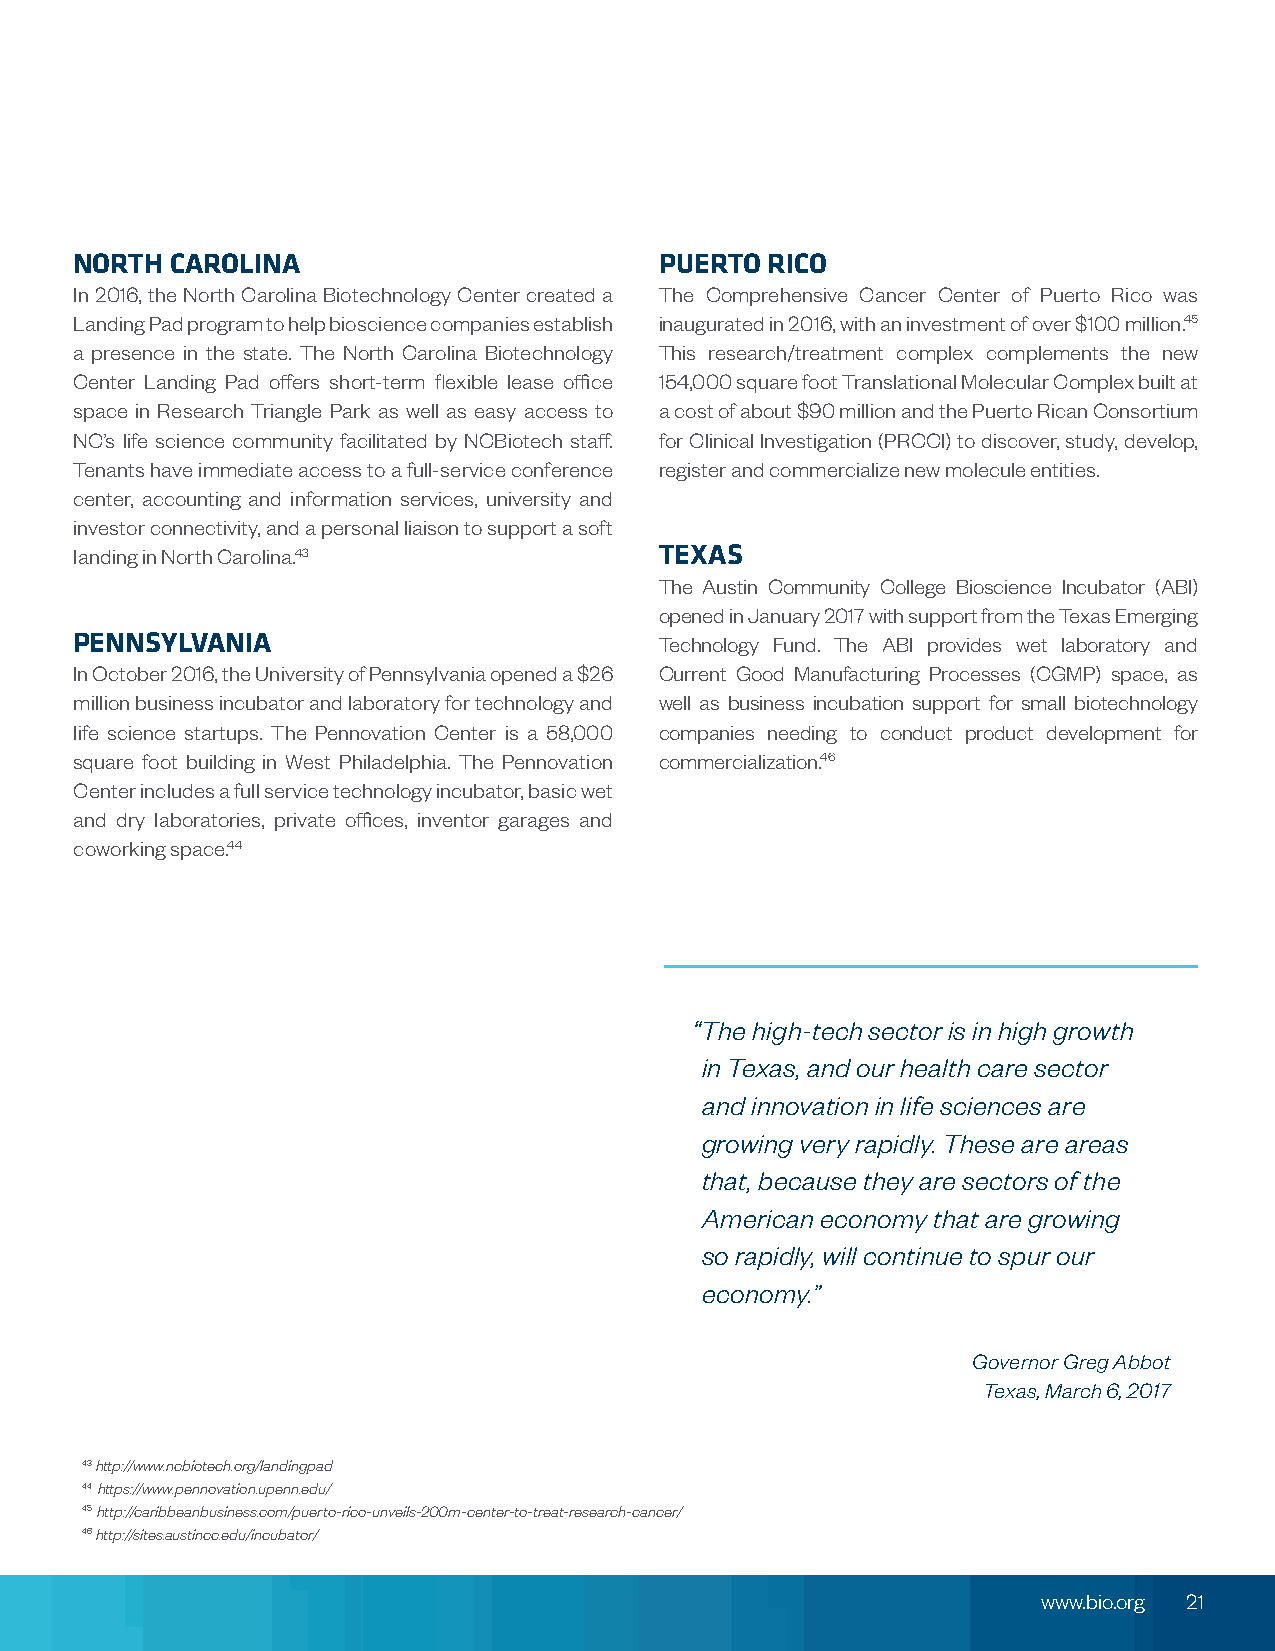
NORTH CAROLINA                         PUERTO RICO
 In 2016, the North Carolina Biotechnology Center created a The Comprehensive Cancer Center of Puerto Rico was
 Landing Pad program to help bioscience companies establish inaugurated in 2016, with an investment of over $100 million.45
 a presence in the state. The North Carolina Biotechnology This research/treatment complex complements the new
 Center Landing Pad offers short-term flexible lease office 154,000 square foot Translational Molecular Complex built at
 space in Research Triangle Park as well as easy access to a cost of about $90 million and the Puerto Rican Consortium
 NC’s life science community facilitated by NCBiotech staff. for Clinical Investigation (PRCCI) to discover, study, develop,
 Tenants have immediate access to a full-service conference register and commercialize new molecule entities.
 center, accounting and information services, university and
 investor connectivity, and a personal liaison to support a soft
 landing in North Carolina.43           TEXAS
 The Austin Community College Bioscience Incubator (ABI)
 opened in January 2017 with support from the Texas Emerging
 PENNSYLVANIA                           Technology Fund. The ABI provides wet laboratory and
 In October 2016, the University of Pennsylvania opened a $26 Current Good Manufacturing Processes (CGMP) space, as
 million business incubator and laboratory for technology and well as business incubation support for small biotechnology
 life science startups. The Pennovation Center is a 58,000 companies needing to conduct product development for
 square foot building in West Philadelphia. The Pennovation commercialization.46
 Center includes a full service technology incubator, basic wet
 and dry laboratories, private offices, inventor garages and
 coworking space.44
 “The high-tech sector is in high growth
 in Texas, and our health care sector
 and innovation in life sciences are
 growing very rapidly. These are areas
 that, because they are sectors of the
 American economy that are growing
 so rapidly, will continue to spur our
 economy.”
 Governor Greg Abbot
 Texas, March 6, 2017
 43 http://www.ncbiotech.org/landingpad
 44 https://www.pennovation.upenn.edu/
 45 http://caribbeanbusiness.com/puerto-rico-unveils-200m-center-to-treat-research-cancer/
 46 http://sites.austincc.edu/incubator/
 www.bio.org 21